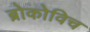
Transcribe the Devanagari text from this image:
ब्रोकोविच